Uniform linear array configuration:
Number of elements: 4
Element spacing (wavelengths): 0.5
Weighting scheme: exponential
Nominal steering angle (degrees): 45
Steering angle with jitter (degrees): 46.36
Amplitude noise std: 0.05
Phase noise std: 0.05

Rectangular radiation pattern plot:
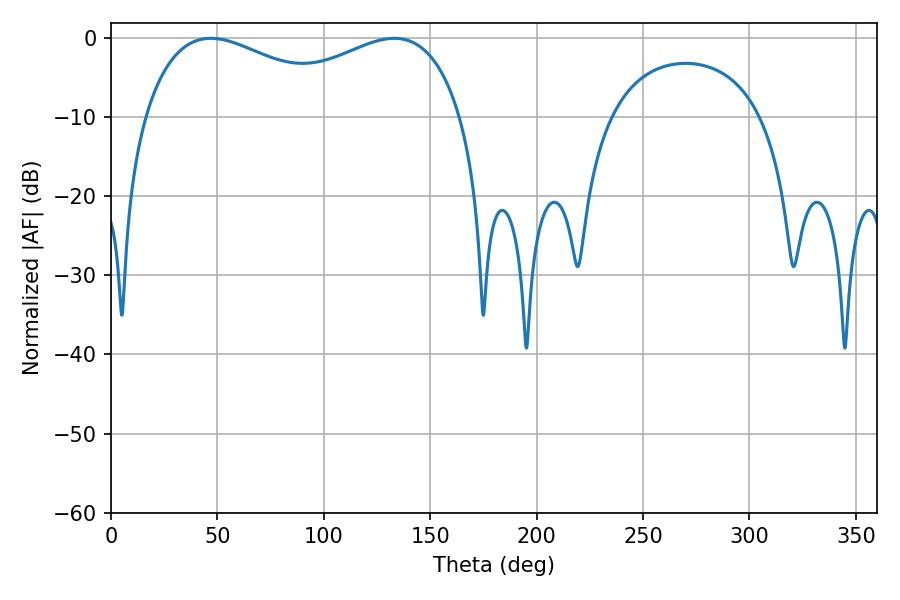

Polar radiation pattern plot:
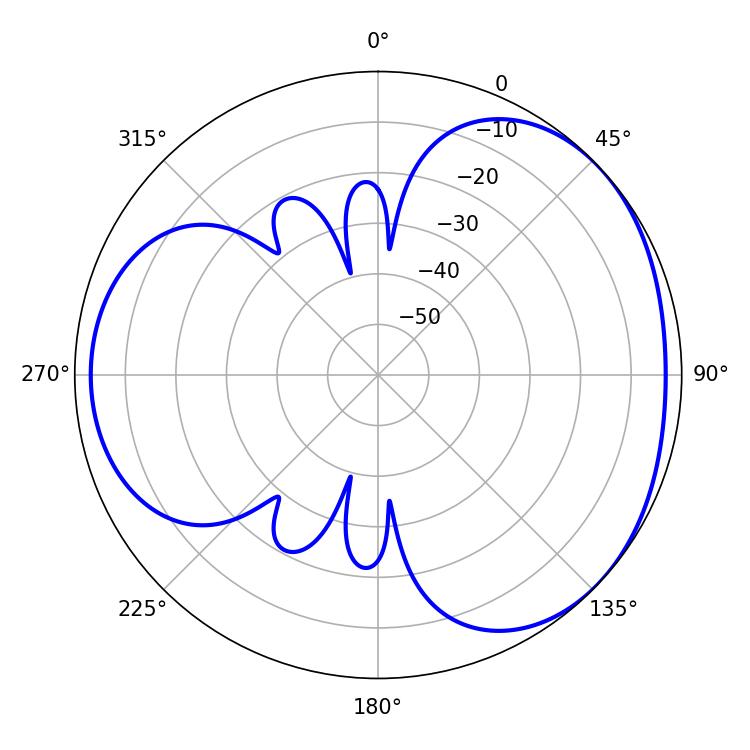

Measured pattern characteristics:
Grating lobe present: FALSE
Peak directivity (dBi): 3.337
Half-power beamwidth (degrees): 55.62
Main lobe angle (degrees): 46.98